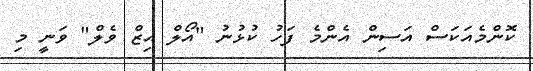
ކޮންމެއަކަސް އަސިން އެންމެ ފަހު ކުޅުނު "އޯލް އިޒް ވެލް" ވަނީ މި